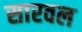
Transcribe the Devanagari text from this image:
सारवल